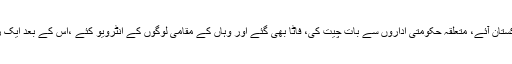
وہ خفیہ طور پر تین چار روز پاکستان آئے، متعلقہ حکومتی اداروں سے بات چیت کی، فاٹا بھی گئے اور وہاں کے مقامی لوگوں کے انٹرویو کئے ،اس کے بعد ایک رپورٹ، اقوام متحدہ میں پیش کی۔